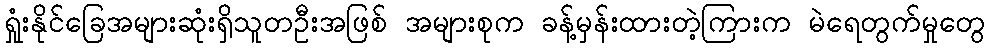
ရှုံးနိုင်ခြေအများဆုံးရှိသူတဦးအဖြစ် အများစုက ခန့်မှန်းထားတဲ့ကြားက မဲရေတွက်မှုတွေ